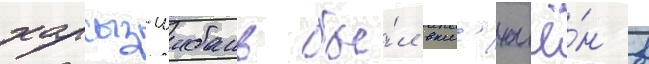
харсыз-шибань бы́л вкл'ючё́н в